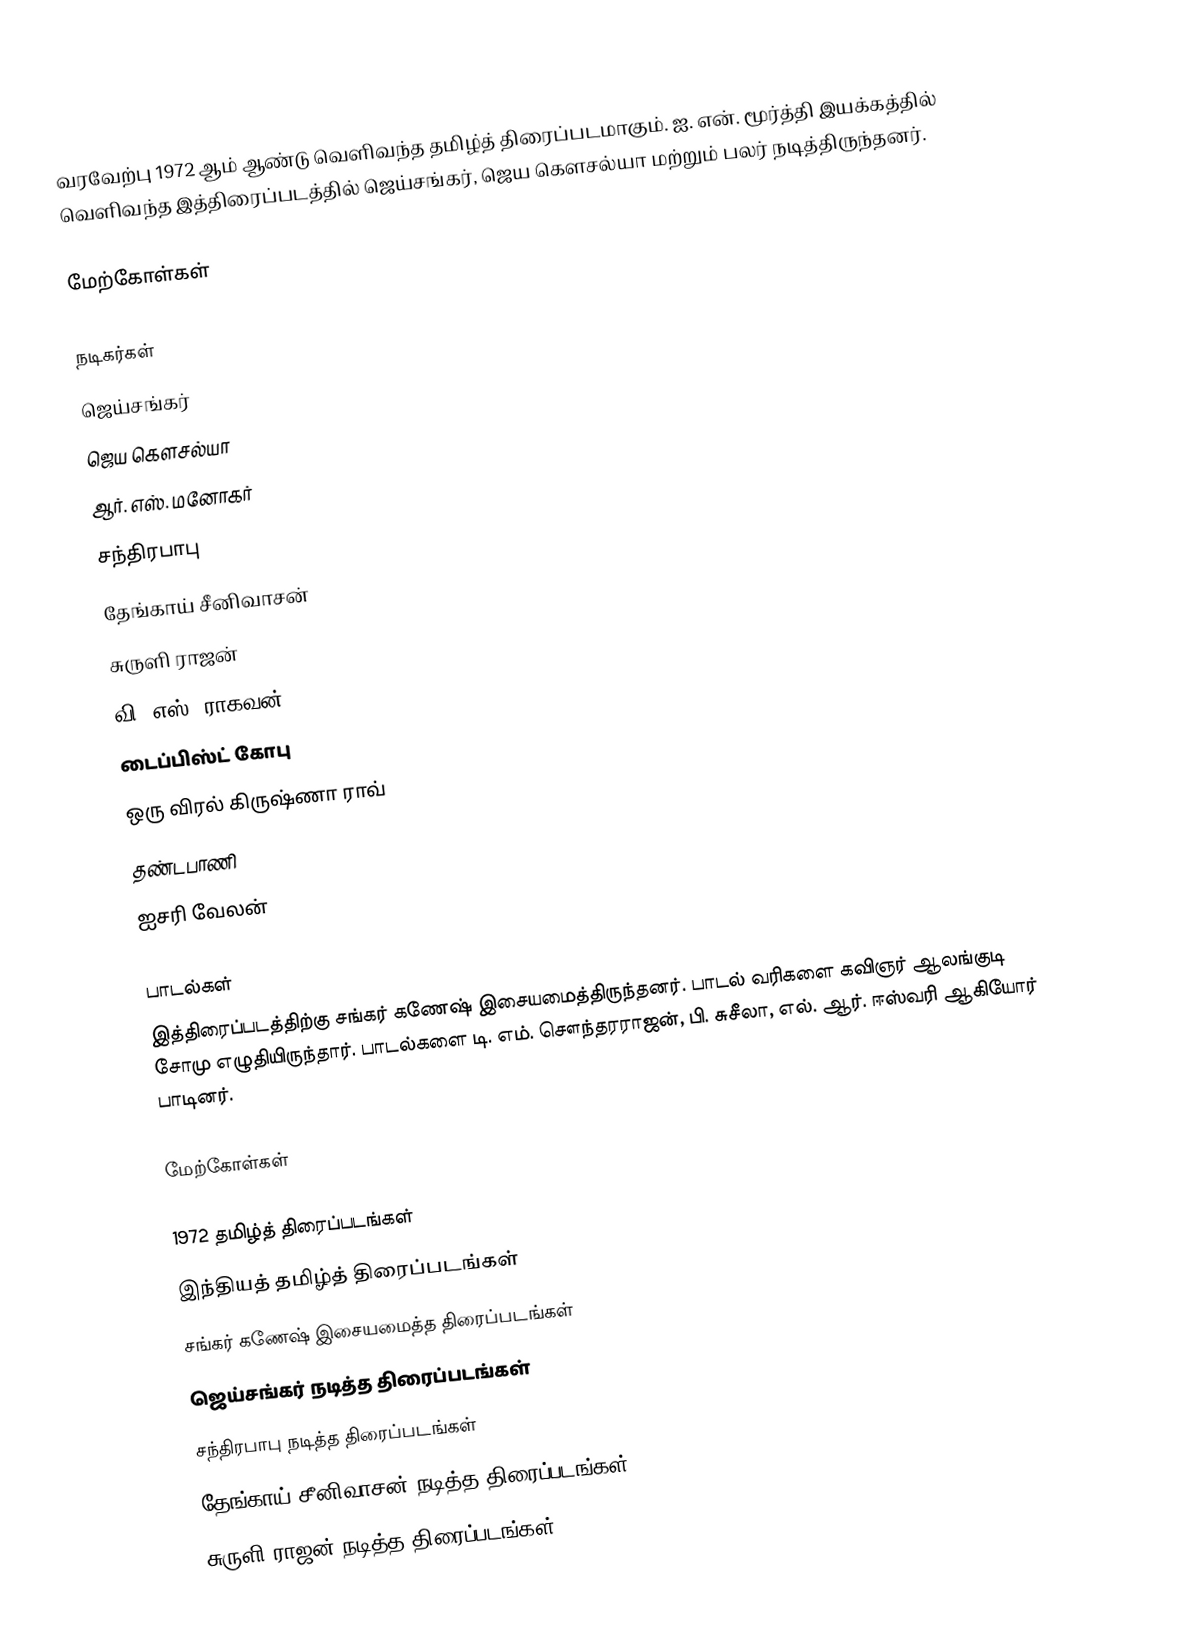
வரவேற்பு 1972 ஆம் ஆண்டு வெளிவந்த தமிழ்த் திரைப்படமாகும். ஐ. என். மூர்த்தி இயக்கத்தில் வெளிவந்த இத்திரைப்படத்தில் ஜெய்சங்கர், ஜெய கௌசல்யா மற்றும் பலர் நடித்திருந்தனர்.

மேற்கோள்கள்

நடிகர்கள்
 ஜெய்சங்கர்
 ஜெய கௌசல்யா
 ஆர். எஸ். மனோகர்
 சந்திரபாபு
 தேங்காய் சீனிவாசன்
 சுருளி ராஜன்
 வி. எஸ். ராகவன்
 டைப்பிஸ்ட் கோபு
 ஒரு விரல் கிருஷ்ணா ராவ்
 தண்டபாணி
 ஐசரி வேலன்

பாடல்கள்
இத்திரைப்படத்திற்கு சங்கர் கணேஷ் இசையமைத்திருந்தனர். பாடல் வரிகளை கவிஞர் ஆலங்குடி சோமு எழுதியிருந்தார். பாடல்களை டி. எம். சௌந்தரராஜன், பி. சுசீலா, எல். ஆர். ஈஸ்வரி ஆகியோர் பாடினர்.

மேற்கோள்கள்

1972 தமிழ்த் திரைப்படங்கள்
இந்தியத் தமிழ்த் திரைப்படங்கள்
சங்கர் கணேஷ் இசையமைத்த திரைப்படங்கள்
ஜெய்சங்கர் நடித்த திரைப்படங்கள்
சந்திரபாபு நடித்த திரைப்படங்கள்
தேங்காய் சீனிவாசன் நடித்த திரைப்படங்கள்
சுருளி ராஜன் நடித்த திரைப்படங்கள்